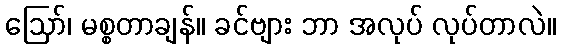
ဩော်၊ မစ္စတာချန်။ ခင်ဗျား ဘာ အလုပ် လုပ်တာလဲ။